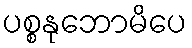
ပစ္စနုဘောမိပေ